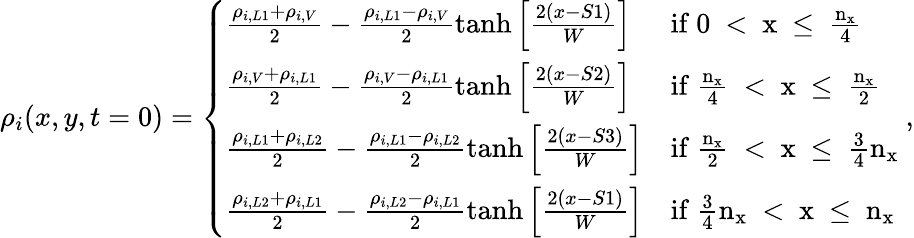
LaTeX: \rho_{i}(x,y,t=0)=\left\{ \begin{array}{ll}{\frac{\rho_{i,L1}+\rho_{i,V}}{2}-\frac{\rho_{i,L1}-\rho_{i,V}}{2}\operatorname{tanh}{\left[\frac{2\left(x-S1\right)}{W}\right]}}&{\mathrm{if~0~<~x~\leq~\frac{n_x}{4}~}}\\ {\frac{\rho_{i,V}+\rho_{i,L1}}{2}-\frac{\rho_{i,V}-\rho_{i,L1}}{2}\operatorname{tanh}{\left[\frac{2\left(x-S2\right)}{W}\right]}}&{\mathrm{if~\frac{n_x}{4}~<~x~\leq~\frac{n_x}{2}~}}\\ {\frac{\rho_{i,L1}+\rho_{i,L2}}{2}-\frac{\rho_{i,L1}-\rho_{i,L2}}{2}\operatorname{tanh}{\left[\frac{2\left(x-S3\right)}{W}\right]}}&{\mathrm{if~\frac{n_x}{2}~<~x~\leq~\frac{3}{4}n_x~}}\\ {\frac{\rho_{i,L2}+\rho_{i,L1}}{2}-\frac{\rho_{i,L2}-\rho_{i,L1}}{2}\operatorname{tanh}{\left[\frac{2\left(x-S1\right)}{W}\right]}}&{\mathrm{if~\frac{3}{4}n_x~<~x~\leq~n_x~}}\end{array}\right.,